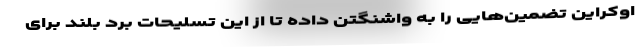
اوکراین تضمین‌هایی را به واشنگتن داده تا از این تسلیحات برد بلند برای